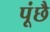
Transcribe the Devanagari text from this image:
पूंछै